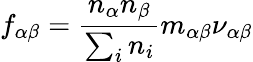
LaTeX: f_{\alpha\beta}=\frac{n_{\alpha}n_{\beta}}{\sum_{i}n_{i}}m_{\alpha\beta}\nu_{\alpha\beta}